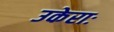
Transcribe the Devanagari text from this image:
उकेराः